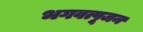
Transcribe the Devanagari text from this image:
भगवत्पूजन